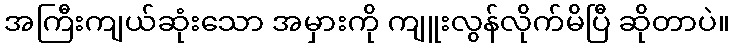
အကြီးကျယ်ဆုံးသော အမှားကို ကျူးလွန်လိုက်မိပြီ ဆိုတာပဲ။